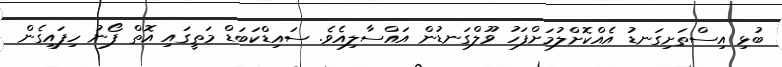
ބުޅި އިސްތަށިގަނޑު އެއްކޮށްލުމަށްފަހު ވޫލްގަނޑުން އައްސާލިއެވެ. ސައިޑްކަބަޑް މަތީގައި އޮތް ފޯނު ހިފައިގެން